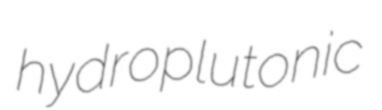
hydroplutonic